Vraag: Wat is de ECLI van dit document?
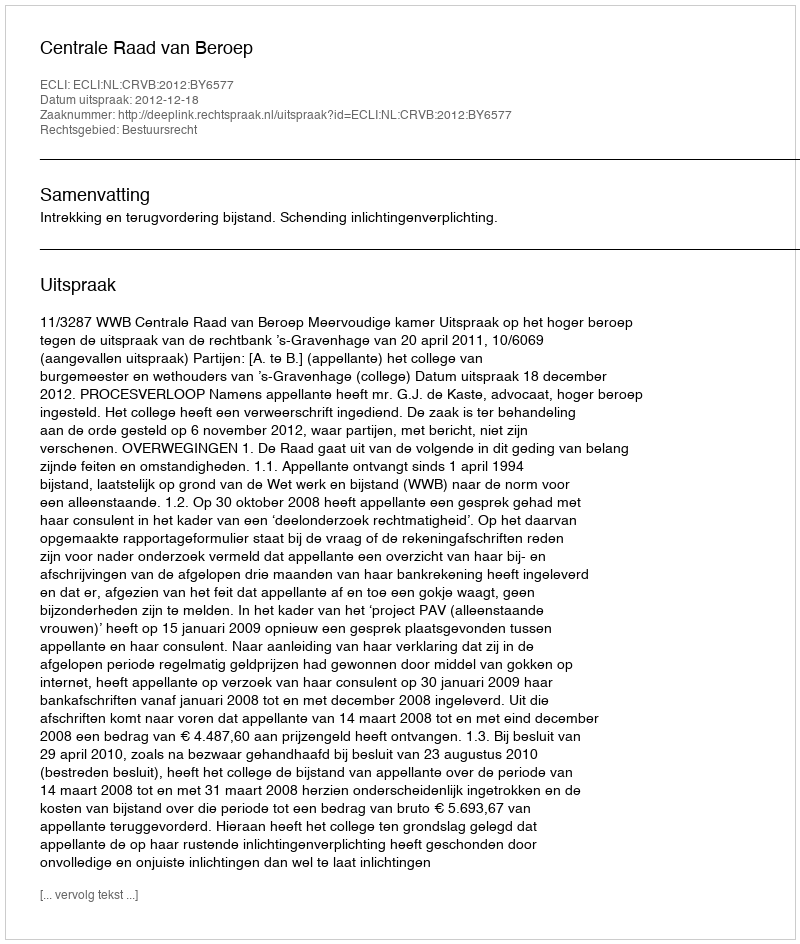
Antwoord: ECLI:NL:CRVB:2012:BY6577